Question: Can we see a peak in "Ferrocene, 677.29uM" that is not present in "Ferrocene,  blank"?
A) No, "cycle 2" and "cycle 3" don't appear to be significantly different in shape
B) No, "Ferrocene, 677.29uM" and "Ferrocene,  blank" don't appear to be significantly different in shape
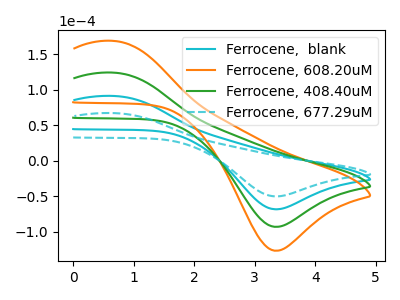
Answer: <think>The cyan curve "Ferrocene,  blank" has an anodic peak at (0.65V, 91.15uA) and a cathodic peak at (3.35V, -68.65uA). The orange curve "Ferrocene, 608.20uM" has an anodic peak at (0.65V, 273.40uA) and a cathodic peak at (3.35V, -205.95uA). The green curve "Ferrocene, 408.40uM" has an anodic peak at (0.65V, 182.25uA) and a cathodic peak at (3.35V, -137.30uA). The cyan dashed curve "Ferrocene, 677.29uM" has an anodic peak at (0.65V, 66.95uA) and a cathodic peak at (3.35V, -50.45uA).
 All the peaks in "Ferrocene, 677.29uM" have a peak in "Ferrocene,  blank" at the same potential. Every peak in "Ferrocene, 677.29uM" is lower than every peak in "Ferrocene,  blank".</think>
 <answer>B) No, "Ferrocene, 677.29uM" and "Ferrocene,  blank" don't appear to be significantly different in shape</answer>
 <eval>B</eval>